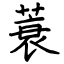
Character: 蓑